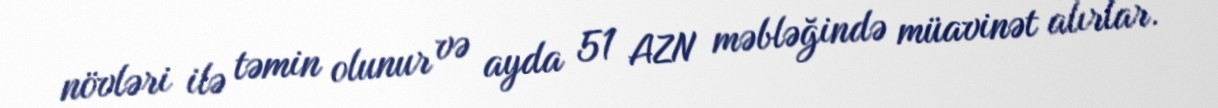
növləri ilə təmin olunur və ayda 51 AZN məbləğində müavinət alırlar.